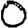
Digit: 0